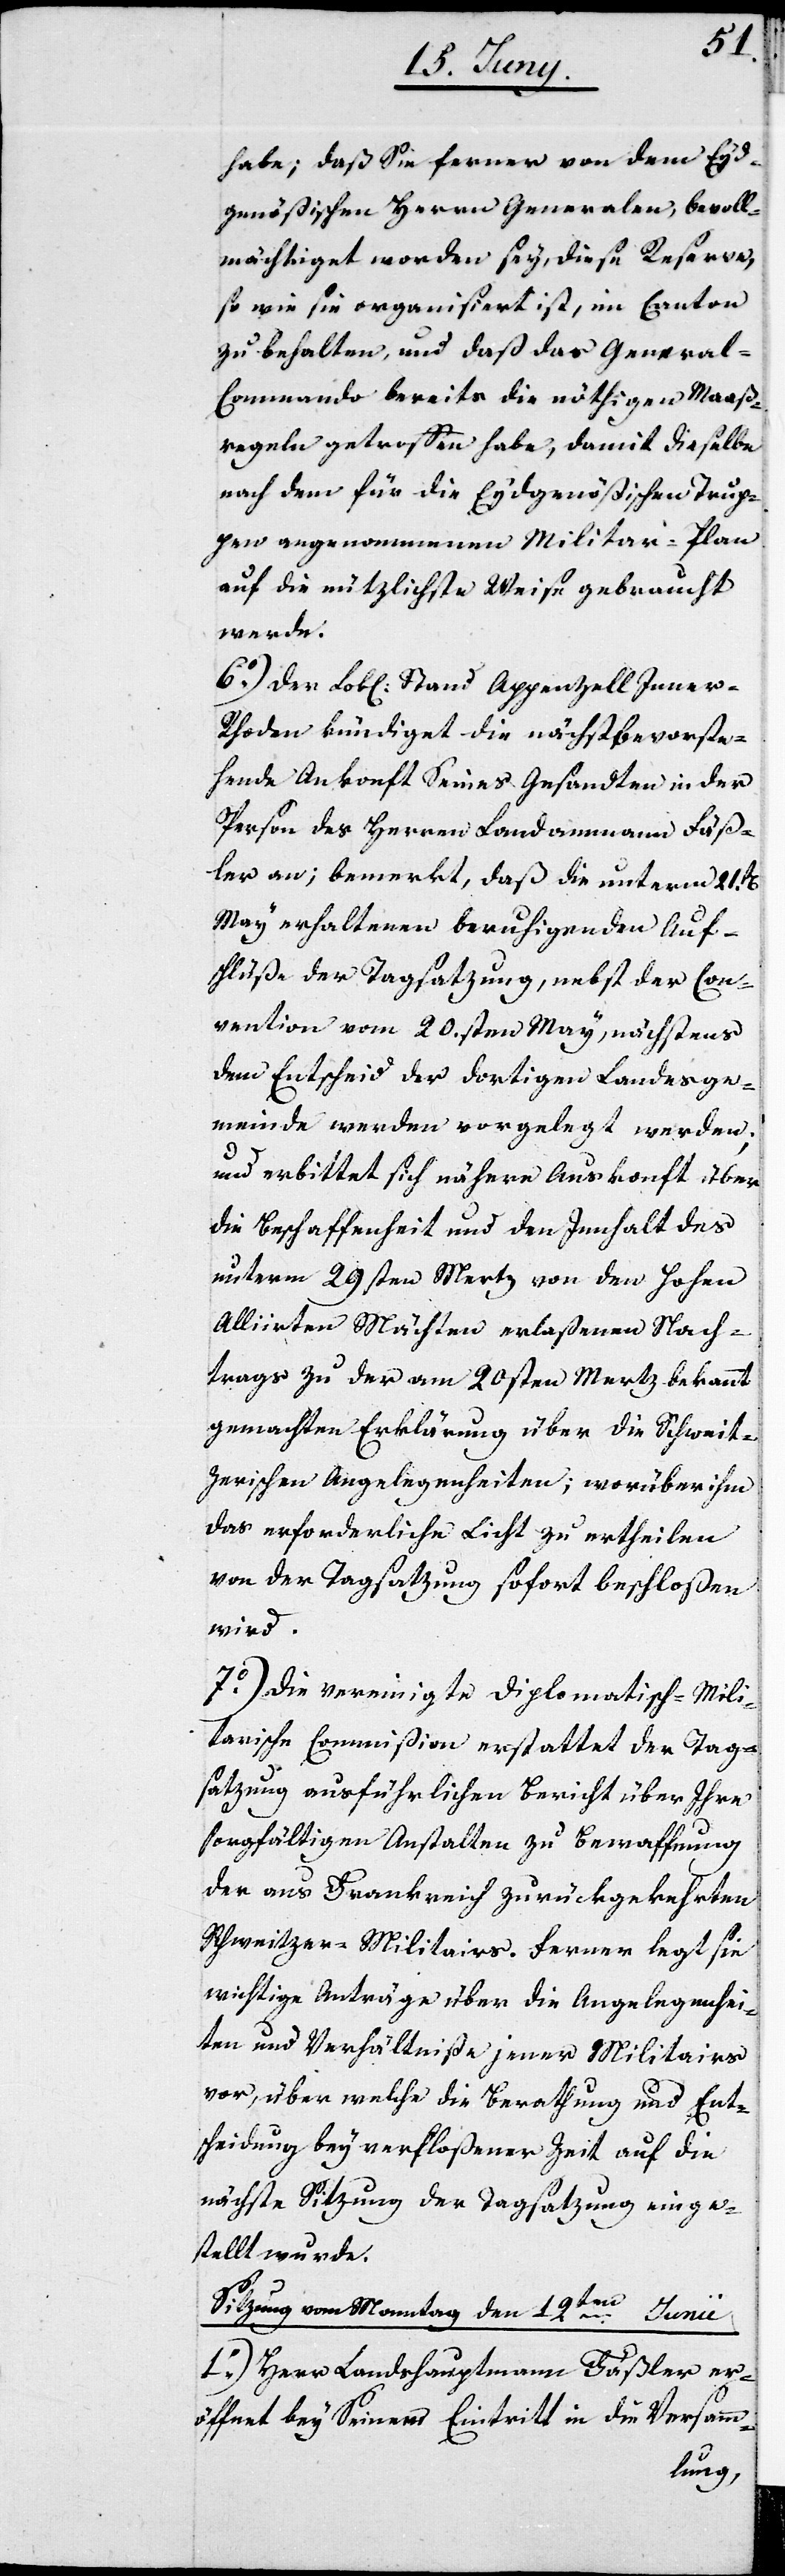
habe; daß sie ferner von dem Eyd¬
genößischen Herrn Generalen, bevoll¬
mächtiget worden sey, diese Reserve,
so wie sie organisiert ist, im Canton
zu behalten, und daß das General-C¬
ommando bereits die nöthigen Maaß¬
regeln getroffen habe, damit dieselbe
nach dem für die Eydgenößischen Trup¬
pen angenommenen Militar-Plan
auf die nützlichste Weise gebraucht
werde.
6o Der Lob[liche] Stand Appenzell Inner-R¬
hoden kündiget die nächstbevorste¬
hende Ankonft Seines Gesandten in der
Person des Herren Landammann Fäß¬
ler an; bemerkt, daß die unterm 21st[en]
May erhaltenen beruhigenden Auf¬
schlüße der Tagsatzung, nebst der Con¬
vention vom 20.sten May, nächstens
dem Entscheid der dortigen Landsge¬
meinde werden vorgelegt werden;
und erbittet sich nähere Auskonft über
die Beschaffenheit und den Innhalt des
unterm 29sten Mertz von den Hohen
Alliirten Mächten erlaßenen Nach¬
trags zu der am 20sten Mertz bekannt
gemachten Erklärung über die Schweit¬
zerischen Angelegenheiten; worüber ihm
das erforderliche Licht zu ertheilen
von der Tagsatzung sofort beschloßen
wird.
7o Die vereinigte Diplomatisch-Mili¬
tarische Commißion erstattet der Tag¬
satzung ausführlichen Bericht über Ihre
sorgfältigen Anstalten zu Bewaffnung
der aus Frankreich zurückgekehrten
Schweitzer-Militairs. Ferner legt sie
wichtige Anträge über die Angelegenhei¬
ten und Verhältniße jener Militairs
vor, über welche die Berathung und Ent¬
scheidung bey verfloßener Zeit auf die
nächste Sitzung der Tagsatzung einge¬
stellt wurde.
Sitzung vom Monntag den 12ten Junii
1o) Herr Landhauptmann Fäßler er¬
öffnete bey Seinem Eintritt in die Versamm-